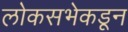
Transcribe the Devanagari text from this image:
लोकसभेकडून